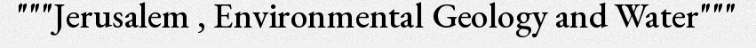
"""Jerusalem , Environmental Geology and Water"""